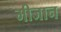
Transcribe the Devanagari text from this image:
मीजान